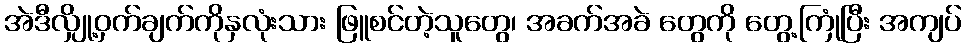
အဲဒီလျှို့ဝှက်ချက်ကိုနှလုံးသား ဖြူစင်တဲ့သူတွေ၊ အခက်အခဲ တွေကို တွေ့ကြုံပြီး အကျပ်